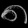
Digit: ၈